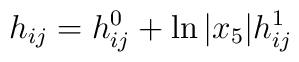
h_{ij}= h^0_{ij}+ \ln \vert x_5\vert  h^{1}_{ij}